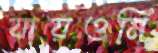
যায়ওনি